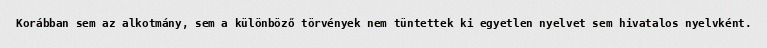
Korábban sem az alkotmány, sem a különböző törvények nem tüntettek ki egyetlen nyelvet sem hivatalos nyelvként.